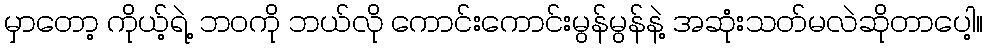
မှာတော့ ကိုယ့်ရဲ့ ဘဝကို ဘယ်လို ကောင်းကောင်းမွန်မွန်နဲ့ အဆုံးသတ်မလဲဆိုတာပေါ့။